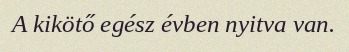
A kikötő egész évben nyitva van.